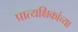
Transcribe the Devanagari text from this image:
प्रात्यक्षिकांच्या